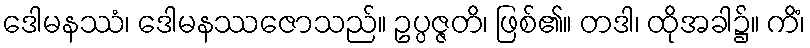
ဒေါမနဿံ၊ ဒေါမနဿဇောသည်။ ဥပ္ပဇ္ဇတိ၊ ဖြစ်၏။ တဒါ၊ ထိုအခါ၌။ ကိံ၊